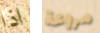
اذا مروعة